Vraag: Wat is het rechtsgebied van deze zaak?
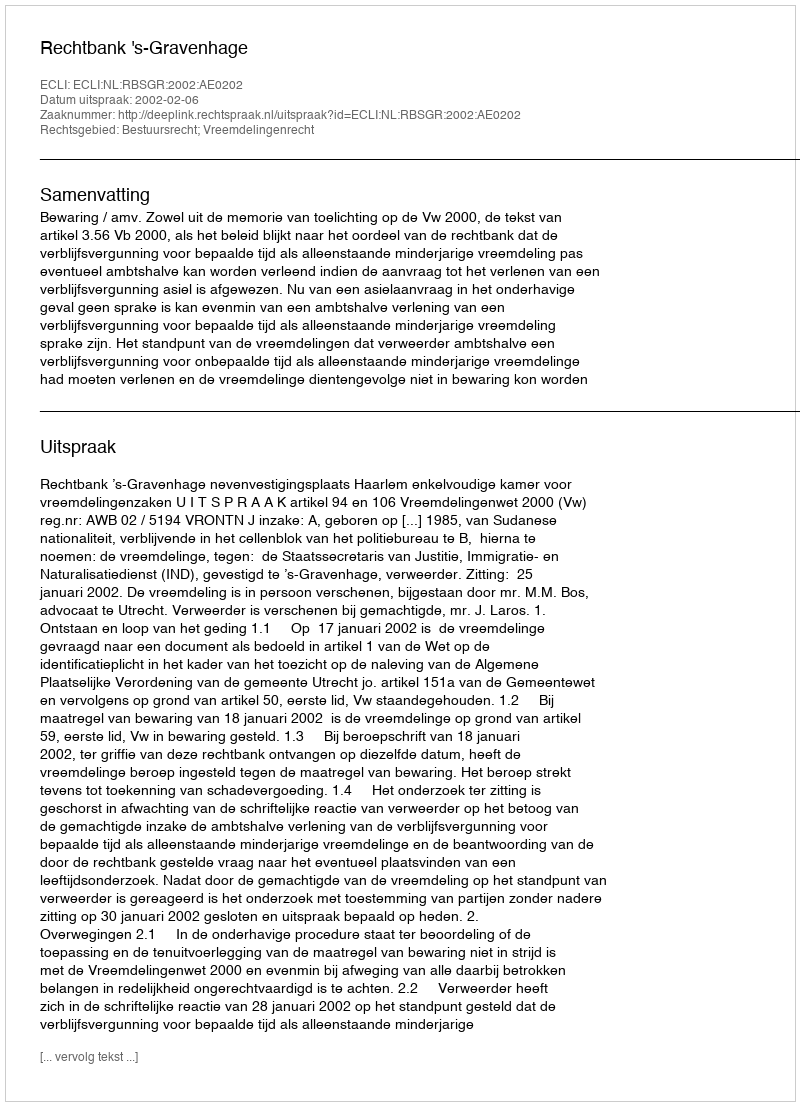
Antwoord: Bestuursrecht; Vreemdelingenrecht